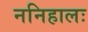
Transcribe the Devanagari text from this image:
ननिहालः